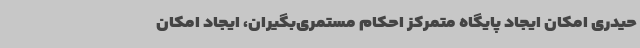
حیدری امکان ایجاد پایگاه متمرکز احکام مستمری‌بگیران، ایجاد امکان